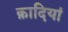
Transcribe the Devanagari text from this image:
क़ादियां